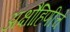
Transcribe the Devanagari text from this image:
अक्षौहिणीचे